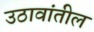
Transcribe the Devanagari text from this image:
उठावांतील